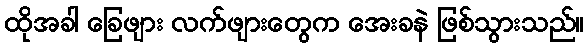
ထိုအခါ ခြေဖျား လက်ဖျားတွေက အေးခနဲ ဖြစ်သွားသည်။